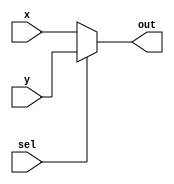
module mux_2x1 (out,x,y,sel);

	output out;
	input x, y, sel;
	
	assign out = (sel) ? y : x; 
	
endmodule